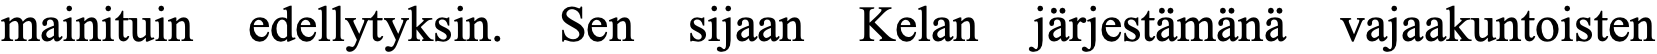
mainituin edellytyksin. Sen sijaan Kelan järjestämänä vajaakuntoisten